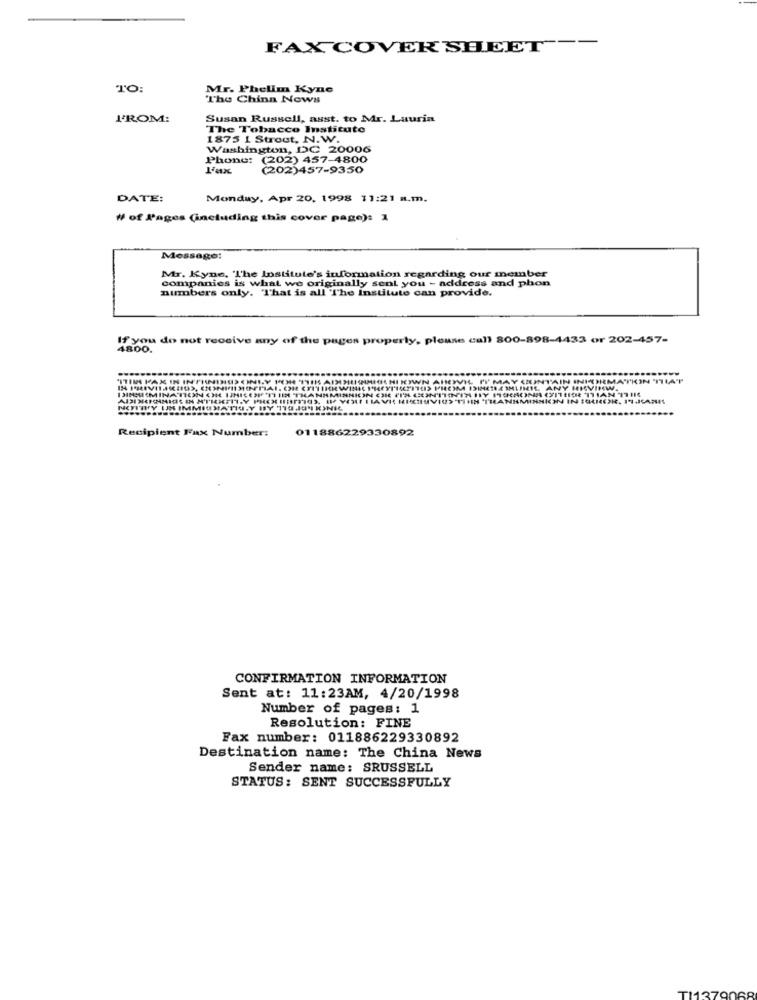
FAX COVER SHEET --
TO:
Mr. Phelim Kyne
The China Nows
I'ROM:
Susan Russell, asst. to Mr. Lauria
The Tobacco Instituto
1875 1 Strout, N.W.
Washington, DC 20006
Phone: (202) 457-4800
(202)457-9350
DATE:
Monday, Apr 20, 1998 11:21 a.m.
₩ of Pages (including this cover page): 1
Message:
Mr. Kyne, 'The Institute's information regarding our member
companies is what we originally sent you - address and phon
numbers only. "That is all The Institute can provide.
If you do not receive any of the pages properly, please call 800-898-4433 or 202-457-
4800.
"ITIM FAX IN INPIANINO)
IOVIL I'I' MAY CONTAIN INFORMATION THAT
ANMMINNICON CIR PIN
CH WINIS HETT'IN
IM 1IMETREIMLINIE. ANY HRVINW.
MIHN THANHMINNICHN IN ICAHOR. 14.35435
NOPITHY UN IMMISMAT
Recipient Fax Number:
011886229330892
CONFIRMATION INFORMATION
Sent at: 11:23AM, 4/20/1998
Number of pages: 1
Resolution: FINE
Fax number: 011886229330892
Destination name: The China News
Sender name: SRUSSELL
STATUS: SENT SUCCESSFULLY